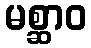
မစ္ဆာဝ